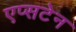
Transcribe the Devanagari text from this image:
एप्सटेन